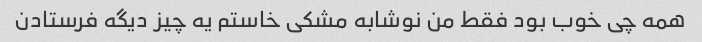
همه چی خوب بود فقط من نوشابه مشکی خاستم یه چیز دیگه فرستادن